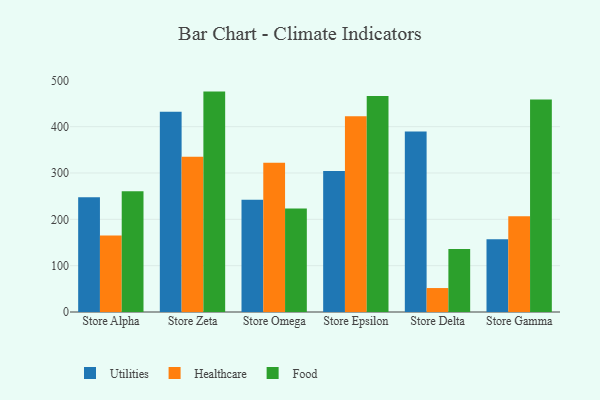
{"axis": {"x": "Store", "y": "Waste Production (Tons)"}, "legend": ["Food", "Healthcare", "Utilities"], "data": [{"x": "Store Alpha", "y": 247.6, "type": "Utilities"}, {"x": "Store Alpha", "y": 165.0, "type": "Healthcare"}, {"x": "Store Alpha", "y": 260.8, "type": "Food"}, {"x": "Store Zeta", "y": 432.0, "type": "Utilities"}, {"x": "Store Zeta", "y": 335.0, "type": "Healthcare"}, {"x": "Store Zeta", "y": 475.7, "type": "Food"}, {"x": "Store Omega", "y": 242.2, "type": "Utilities"}, {"x": "Store Omega", "y": 322.3, "type": "Healthcare"}, {"x": "Store Omega", "y": 223.4, "type": "Food"}, {"x": "Store Epsilon", "y": 304.2, "type": "Utilities"}, {"x": "Store Epsilon", "y": 422.3, "type": "Healthcare"}, {"x": "Store Epsilon", "y": 466.2, "type": "Food"}, {"x": "Store Delta", "y": 389.7, "type": "Utilities"}, {"x": "Store Delta", "y": 51.7, "type": "Healthcare"}, {"x": "Store Delta", "y": 135.9, "type": "Food"}, {"x": "Store Gamma", "y": 157.2, "type": "Utilities"}, {"x": "Store Gamma", "y": 206.5, "type": "Healthcare"}, {"x": "Store Gamma", "y": 458.6, "type": "Food"}]}